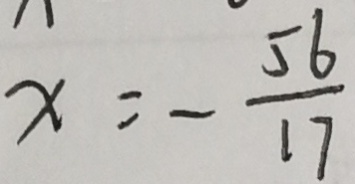
x = - \frac { 5 6 } { 1 7 }